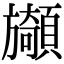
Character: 䫯